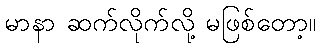
မာနာ ဆက်လိုက်လို့ မဖြစ်တော့။